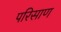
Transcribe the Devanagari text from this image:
परिसाण